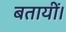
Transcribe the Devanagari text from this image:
बतायीं।